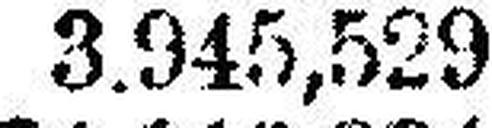
3.945,529